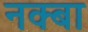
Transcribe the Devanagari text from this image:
नक्बा